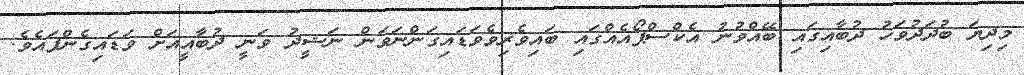
މިދިޔަ ބުދަދުވަހު ދުބާއިގައި ބޭއްވުނު އެކްސްޕޯއެއްގައި ބައިވެރިވެވަޑައިގަންނަވަން ނަޝީދު ވަނީ ދުބާއީއަށް ވަޑައިގެންފައެވެ.